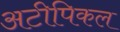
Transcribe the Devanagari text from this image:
अटीपिकल